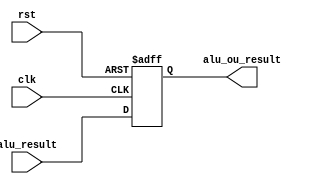
`timescale 1ns / 1ps
//////////////////////////////////////////////////////////////////////////////////
// Company: 
// Engineer: 
// 
// Design Name: 
// Module Name:    ALUreg 
// Project Name: 
// Target Devices: 
// Tool versions: 
// Description: 
//
// Dependencies: 
//
// Revision: 
// Revision 0.01 - File Created
// Additional Comments: 
//
//////////////////////////////////////////////////////////////////////////////////
module ALUreg(input[31:0]alu_result,
	input clk,input rst,
	output reg[31:0]alu_ou_result
    );
	always@(posedge clk or posedge rst)begin
		if(rst)
			alu_ou_result<=0;
		else
			alu_ou_result<=alu_result;
	end


endmodule